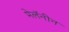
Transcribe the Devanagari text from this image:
मेलॅनीन